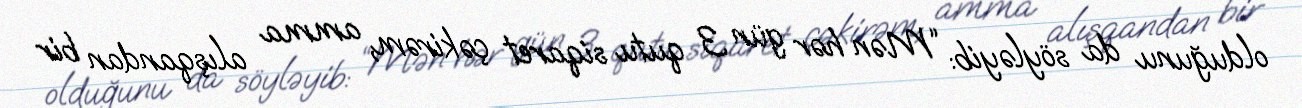
olduğunu da söyləyib: “Mən hər gün 3 qutu siqaret çəkirəm, amma alışqandan bir